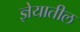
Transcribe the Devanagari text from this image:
ज्ञेयातील